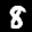
Label: 8